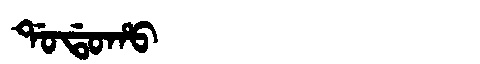
Manchu: ᡩᠣᡩᠣᡥᠣ
Romanization: DODOHO